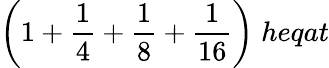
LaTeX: {\bigg(}1+{\frac{1}{4}}+{\frac{1}{8}}+{\frac{1}{16}}{\bigg)}\; heqat